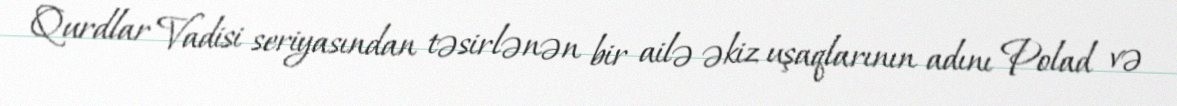
Qurdlar Vadisi seriyasından təsirlənən bir ailə əkiz uşaqlarının adını Polad və